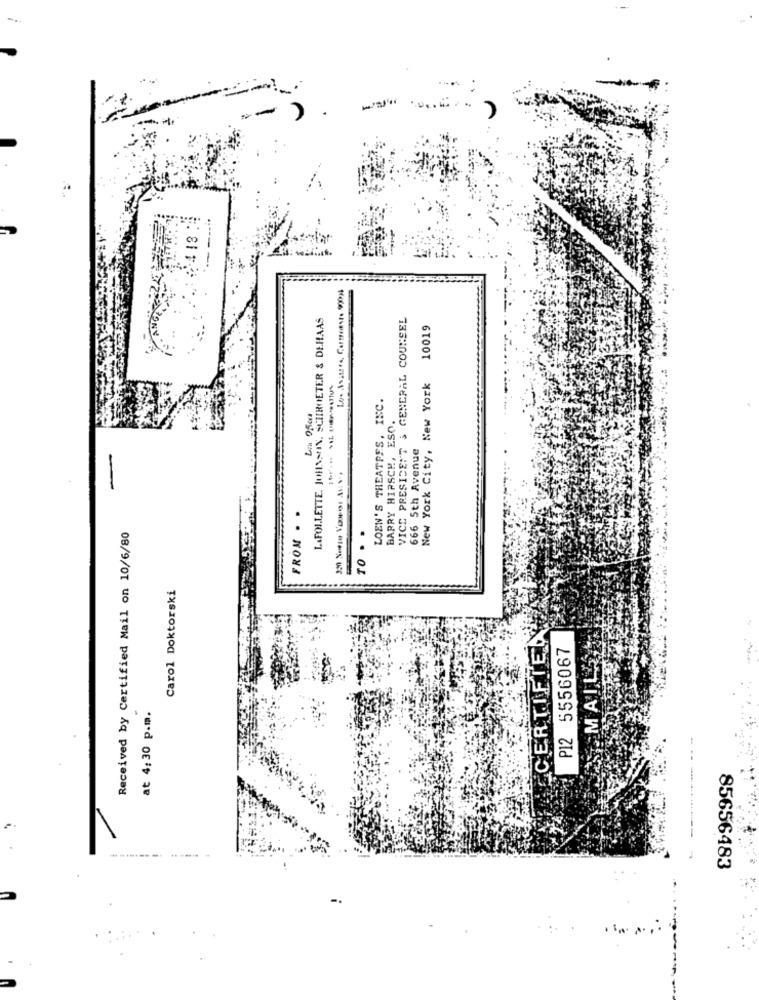
--
-
418
LAFOLLETTE. JOHNSON, SCHROETER & DEHAAS
VICE PRESIDENT & GENERAL COUNSEL
10019
New York City, New York
LOEN'S THEATPES, INC.
BARRY HIRSCH, ESO.
666 5th Avenue
FROM . .
TO . .
Received by Certified Mail on 10/6/80
Carol Doktorski
CERTIFIEN
P12 5556067
MAIL
at 4:30 p.m.
------- --
85656483
-.